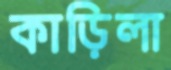
কাড়িলা